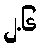
၂.၆